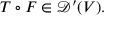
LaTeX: T \circ F \in { \mathcal { D } } ^ { \prime } ( V ) .